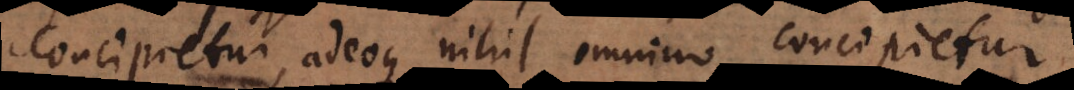
concipietur, adeoque nihil omnino concipietur.